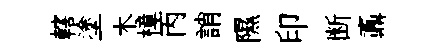
轄塗木樟丙誚隰印断鼒